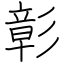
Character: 彰